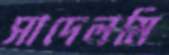
সাদেলমি